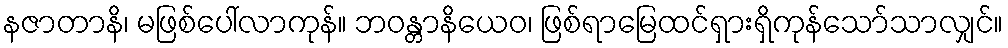
နဇာတာနိ၊ မဖြစ်ပေါ်လာကုန်။ ဘဝန္တာနိယေဝ၊ ဖြစ်ရာမြေထင်ရှားရှိကုန်သော်သာလျှင်။